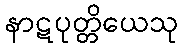
နာဋပုတ္တိယေသု